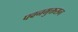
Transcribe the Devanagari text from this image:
पवनमुक्तसन